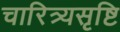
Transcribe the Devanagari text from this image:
चारित्र्यसृष्टि